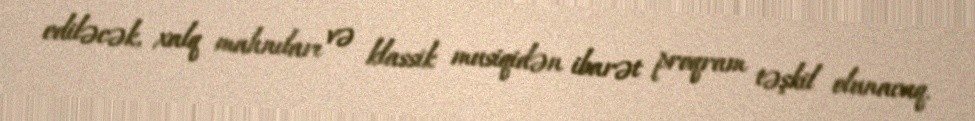
ediləcək, xalq mahnıları və klassik musiqidən ibarət proqram təşkil olunacaq.